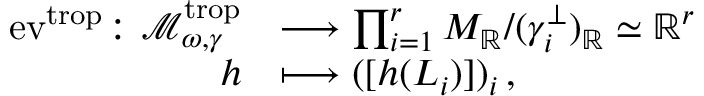
\begin{array} { r l } { \mathrm { e v } ^ { \mathrm { t r o p } } \colon { \mathcal { M } } _ { \omega , \boldsymbol { \gamma } } ^ { \mathrm { t r o p } } } & { \longrightarrow \prod _ { i = 1 } ^ { r } M _ { \mathbb { R } } / ( \gamma _ { i } ^ { \perp } ) _ { \mathbb { R } } \simeq \mathbb { R } ^ { r } } \\ { h } & { \longmapsto ( [ h ( L _ { i } ) ] ) _ { i } \, , } \end{array}